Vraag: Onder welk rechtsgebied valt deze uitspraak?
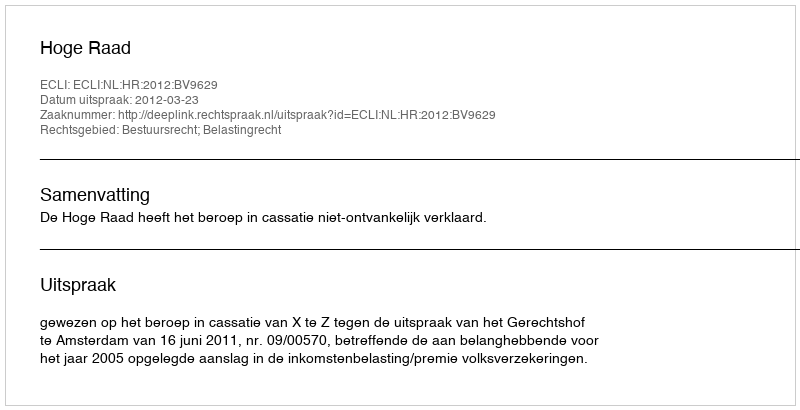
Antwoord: Bestuursrecht; Belastingrecht